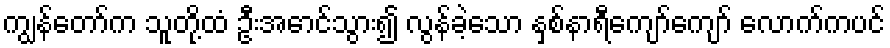
ကျွန်တော်က သူတို့ထံ ဦးအောင်သွား၍ လွန်ခဲ့သော နှစ်နာရီကျော်ကျော် လောက်ကပင်